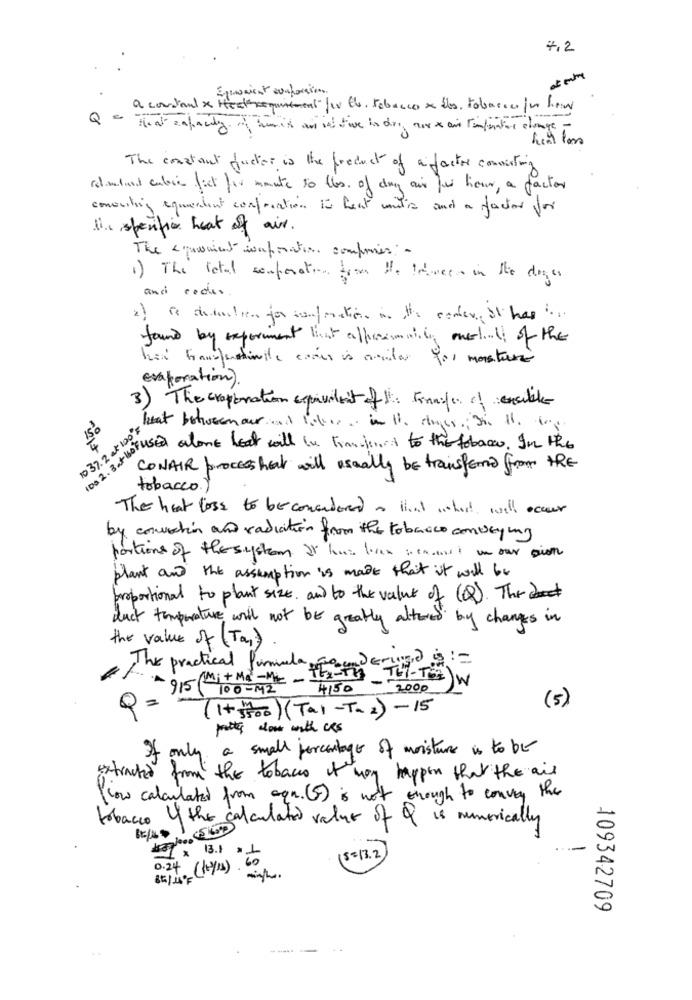
4,2
Epesaient suahoraion.
a constant x Heatrequirement per l', tobacco x eles, tobaccospor hier
Q = That capacity. he's and in twe in dry nur x air temperature change.
c -
his loss
The constant factor is the product of afactor consisting
rel mlund cubren fict fir mante to les of day air fur lieux, a factor
conecting equivalent confreation 10 feat units and a factor for
II. specific heat of air.
The < preaient ivaporation componer: -
1) The retal somporation from He Inerces in the dogs
and codes .
2) is deduction for contraction in the comer, it has" ...
found by experiment list alprimaity, musel of the
han transfertinvite comis is nailer for moisture
Evaporation).
3) The croperation equivalent of the Finais of ensuite
1037.2 x 100 F
heat between our and likes. in It. her In the top
100 2 . 3 a+ 10 F4
37. come beat will in kingjouet to the tobacco. In this
CONAIR process hat will usually be transferred from the
tobacco. )
The hear loss to becomentered . that what will occur
by conviction and radiation from the tobacco conveying
portions of the system It home loan seacost in our disth
plant and the assumption is made that it will be
proportional to plant size, and to the value of (Q). The
auch temperature will not be greatly altered by changes in
the value of (Tas)
The practical formule
THI-TE) W
Q= 915(Mit Ma -Me -
4150
2000
( 5 )
(1+ 5700) (Tal -T-2) -15
potter alow with cks
If only
a small percentage of moisture is to be
extracted from the tobacco it may happen that the ail
low calculated from aqa. (F) is not enough to convey the
tobacco If the calculate value of Q is numerically
1 × 13.1 =1
$ =13.2
0.24 (10/11).
85/1ºF
109342709
--..